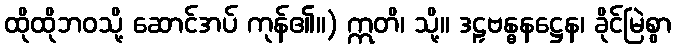
ထိုထိုဘဝသို့ ဆောင်အပ် ကုန်၏။) ဣတိ၊ သို့။ ဒဠှဗန္ဓနဋ္ဌေန၊ ခိုင်မြဲစွာ